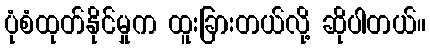
ပုံစံထုတ်နိုင်မှုက ထူးခြားတယ်လို့ ဆိုပါတယ်။